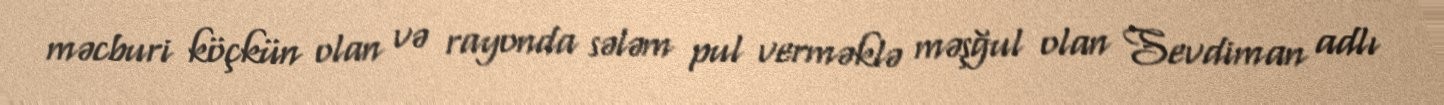
məcburi köçkün olan və rayonda sələm pul verməklə məşğul olan Sevdiman adlı